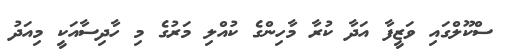
ސްކޫލްގައި ވަޒީފާ އަދާ ކުރާ މާހިންގެ ކުއްލި މަރުގެ މި ހާދިސާއަކީ މިއަދު